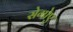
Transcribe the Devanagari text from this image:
सेगोए